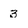
Character: 3